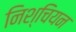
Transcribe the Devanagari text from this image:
निश्चियन